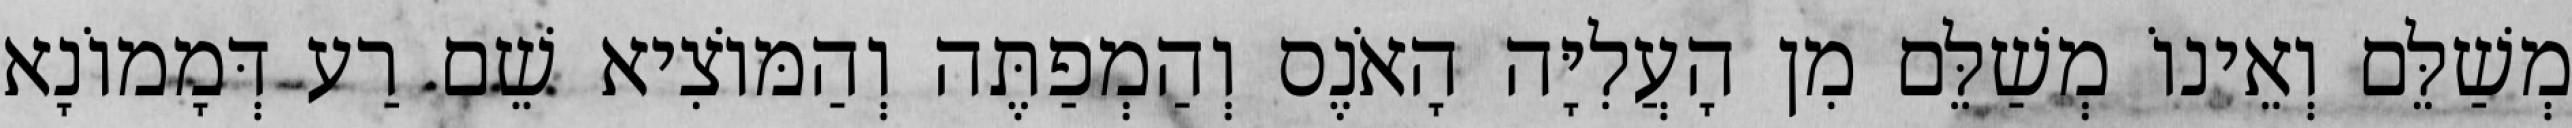
מְשַׁלֵּם וְאֵינוֹ מְשַׁלֵּם מִן הָעֲלִיָּה הָאֹנֶס וְהַמְפַתֶּה וְהַמּוֹצִיא שֵׁם רַע דְּמָמוֹנָא